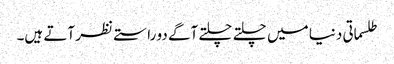
طلسماتی دنیا میں چلتے چلتے آگے دو راستے نظر آتے ہیں۔